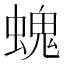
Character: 螝